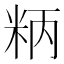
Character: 𥹘